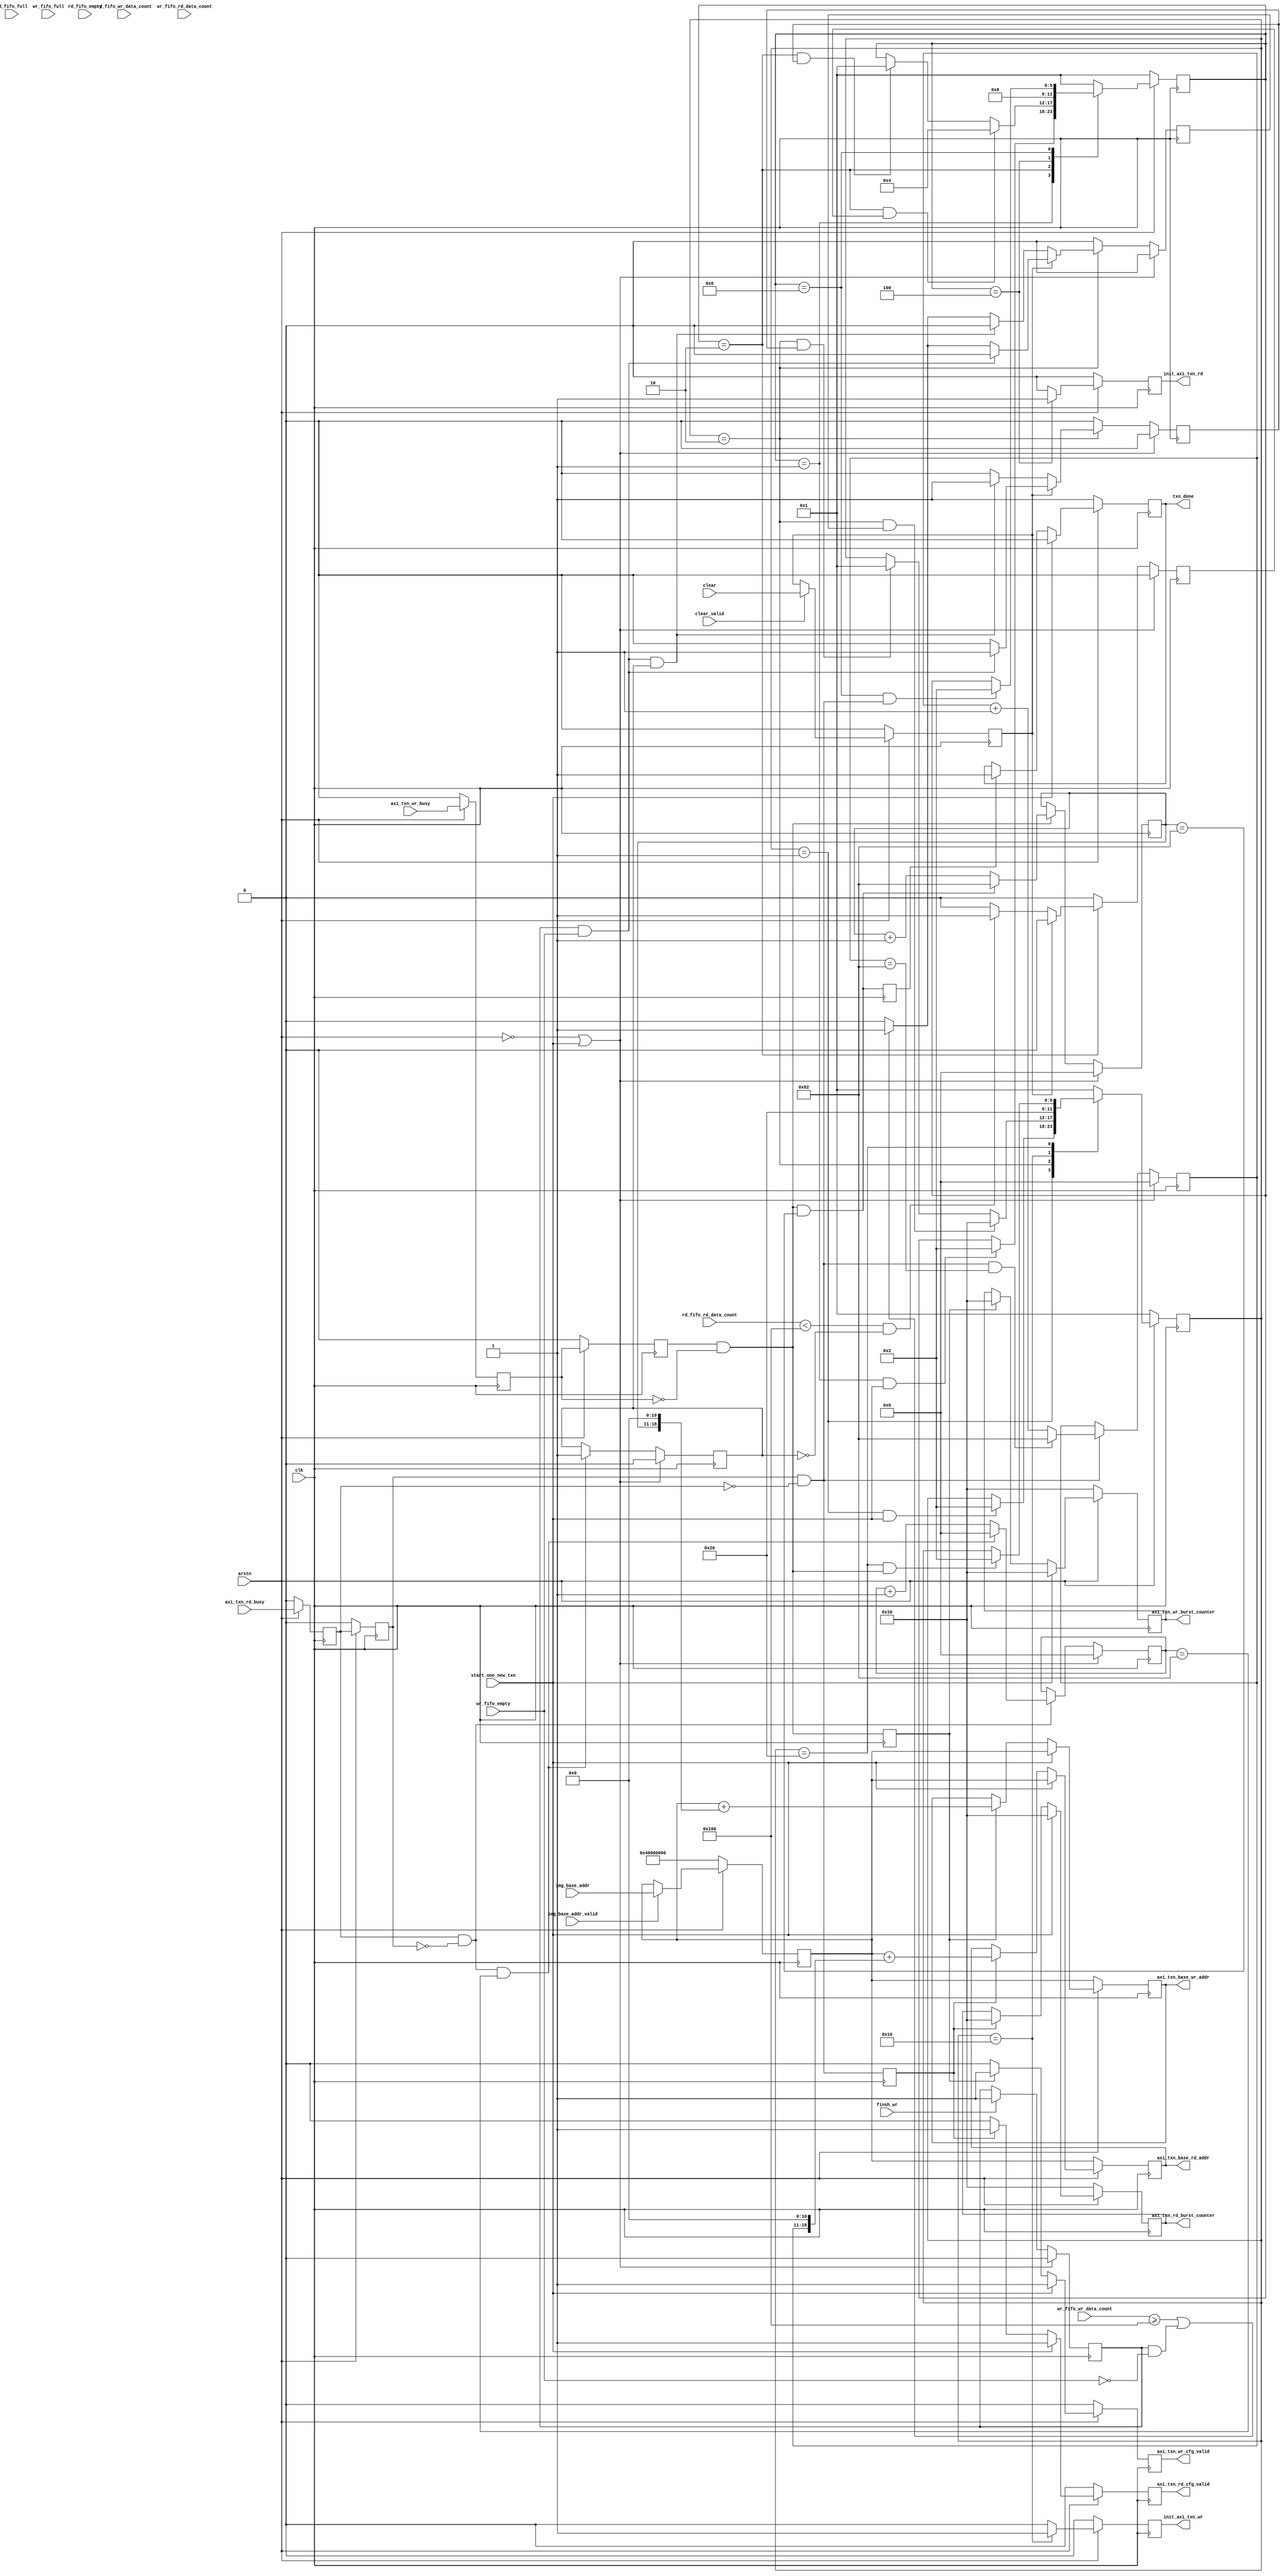
module read_write_arbiter #(
	parameter  C_M_TARGET_SLAVE_BASE_ADDR = 32'h40000000,
	parameter integer C_NO_BURSTS_REQ     = 5,
	parameter integer C_M_AXI_ADDR_WIDTH  = 32,
	parameter integer C_M_AXI_BURST_LEN   = 16,

	parameter integer IMG_N               = 258
 )
(
	input clk,    // Clock
	input arstn,  // Asynchronous reset active low


 	input wire img_base_addr_valid,
 	input wire [31:0] img_base_addr,

	//
	//txn_done 1  start_one_new_txn ,
	input wire			start_one_new_txn, // 
	input wire 			clear,             // clear1clear0
	input wire 			clear_valid,       // clearstart_one_new_txn
	input wire          finsh_wr,          //              
	output reg			txn_done,		   // 

	//////////////////////////////////////////////////
	//
	//FIFO
	//
	//
	//fifo
	//FIFO
	//
	//fifo

	//read FIFO control   64*512 32*1024
	input wire								rd_fifo_full,
	input wire								rd_fifo_empty,
	input wire	[10:0]						rd_fifo_rd_data_count,
	input wire	[9:0]						rd_fifo_wr_data_count,
	//AXI read control
	output reg	[C_M_AXI_ADDR_WIDTH-1 : 0]	axi_txn_base_rd_addr,
	output reg	[C_NO_BURSTS_REQ : 0]		axi_txn_rd_burst_counter, // 2KB
	output reg								axi_txn_rd_cfg_valid,
	input wire								axi_txn_rd_busy,
	output reg								init_axi_txn_rd,

    //write FIFO control 32*1024  64*512
	input wire								wr_fifo_full,
	input wire								wr_fifo_empty,
	input wire	[9:0]						wr_fifo_rd_data_count,
	input wire	[10:0]						wr_fifo_wr_data_count,
	//AXI write control
	output reg	[C_M_AXI_ADDR_WIDTH-1 : 0]	axi_txn_base_wr_addr,
	output reg	[C_NO_BURSTS_REQ : 0]		axi_txn_wr_burst_counter, // 2KB
	output reg								axi_txn_wr_cfg_valid,
	input wire								axi_txn_wr_busy,
	output reg								init_axi_txn_wr

);
 	function integer clogb2 (input integer bit_depth);              
	begin                                                           
	  for(clogb2=0; bit_depth>0; clogb2=clogb2+1)                   
	    bit_depth = bit_depth >> 1;                                 
	  end                                                           
	endfunction

	function integer myceil(input integer a,input integer b);              
	begin
	  for(myceil=0; a>=b; myceil=myceil+1) begin                 
	    a = a - b; 
	  end   
	  if (a==0) begin
	  	myceil = myceil;
	  end
	  else begin
	  	myceil = myceil + 1;
	  end                             
	end
	endfunction

 	parameter integer TOTAL_NUM = IMG_N*IMG_N; 		 //258*258; //
 	parameter integer BURST_NUM = myceil(TOTAL_NUM,512); //257
 	parameter integer BURST_COUNT_WIDTH = clogb2(BURST_NUM-1);
 	parameter integer COUNTER_NUM_2KB = 2048/(C_M_AXI_BURST_LEN*8); //2k


    //, 
	reg [BURST_COUNT_WIDTH-1:0] rd_burst_count;
	wire	add_rd_burst_count;
	wire	end_rd_burst_count;
    //, 
	reg [BURST_COUNT_WIDTH-1:0] wr_burst_count;
	wire	add_wr_burst_count;
	wire	end_wr_burst_count;
	//
 	reg		axi_txn_wr_busy_ff;
 	reg		axi_txn_wr_busy_ff2;
	wire	wr_done_flag;
 	reg		wr_done_flag_r;
 	//
 	reg		axi_txn_rd_busy_ff;
 	reg		axi_txn_rd_busy_ff2;
 	wire	rd_done_flag;
 	reg		rd_done_flag_r;

 	reg [31:0] base_addr;
 	always @(posedge clk) begin
 	    if(arstn==1'b0)begin
 	        base_addr <= C_M_TARGET_SLAVE_BASE_ADDR;
 	    end
 	    else if(img_base_addr_valid)begin
 	        base_addr <= img_base_addr;
 	    end
 	    else begin
 	    	base_addr <= base_addr;
 	    end
 	end
 	
	//finsh 
// 	wire	finsh_wr;
// 	reg [BURST_COUNT_WIDTH-1:0] wr_busy_posedge_cnt;
// 	wire add_wr_busy_posedge_cnt;
// 	wire end_wr_busy_posedge_cnt;
// 	always @(posedge clk) begin
// 	    if(arstn==1'b0 || start_one_new_txn==1'b1)begin
// 	        wr_busy_posedge_cnt <= 0;
// 	    end
// 	    else if(add_wr_busy_posedge_cnt)begin
// 	        if(end_wr_busy_posedge_cnt)
// 	            wr_busy_posedge_cnt <= 0;
// 	        else
// 	            wr_busy_posedge_cnt <= wr_busy_posedge_cnt + 1;
// 	    end
// 	end
// 	assign add_wr_busy_posedge_cnt = axi_txn_wr_busy_ff && (!axi_txn_wr_busy_ff2); //   
// 	assign end_wr_busy_posedge_cnt = add_wr_busy_posedge_cnt && wr_busy_posedge_cnt == BURST_NUM -1;
// 	assign finsh_wr = end_wr_busy_posedge_cnt;

 	wire    finsh_rd;
 	reg [BURST_COUNT_WIDTH-1:0] rd_busy_posedge_cnt;
 	wire add_rd_busy_posedge_cnt;
 	wire end_rd_busy_posedge_cnt;
 	always @(posedge clk) begin
 	    if(arstn==1'b0 || start_one_new_txn==1'b1)begin
 	        rd_busy_posedge_cnt <= 0;
 	    end
 	    else if(add_rd_busy_posedge_cnt)begin
 	        if(end_rd_busy_posedge_cnt)
 	            rd_busy_posedge_cnt <= 0;
 	        else
 	            rd_busy_posedge_cnt <= rd_busy_posedge_cnt + 1;
 	    end
 	end
 	assign add_rd_busy_posedge_cnt = axi_txn_rd_busy_ff && (!axi_txn_rd_busy_ff2); //   
 	assign end_rd_busy_posedge_cnt = add_rd_busy_posedge_cnt && rd_busy_posedge_cnt == BURST_NUM -1;
	assign finsh_rd = end_rd_busy_posedge_cnt;

    //
 	assign rd_done_flag = axi_txn_rd_busy_ff2 && (!axi_txn_rd_busy_ff);
 	always @(posedge clk)										      
	  begin                                                                        
	    if (arstn == 0 )                                                   
	      begin                                                                    
	        axi_txn_rd_busy_ff  <= 1'b0;                                                   
	        axi_txn_rd_busy_ff2 <= 1'b0;                                                   
	      end                                                                               
	    else                                                                       
	      begin  
	        axi_txn_rd_busy_ff  <= axi_txn_rd_busy;
	        axi_txn_rd_busy_ff2 <= axi_txn_rd_busy_ff;                                                                 
	      end                                                                      
	  end
	//
	always @(posedge clk)begin
		rd_done_flag_r <= rd_done_flag;
	end
	//
 	assign wr_done_flag = axi_txn_wr_busy_ff2 && (!axi_txn_wr_busy_ff);
 	always @(posedge clk)										      
	  begin                                                                        
	    if (arstn == 0 )                                                   
	      begin                                                                    
	        axi_txn_wr_busy_ff  <= 1'b0;                                                   
	        axi_txn_wr_busy_ff2 <= 1'b0;                                                   
	      end                                                                               
	    else                                                                       
	      begin  
	        axi_txn_wr_busy_ff  <= axi_txn_wr_busy;
	        axi_txn_wr_busy_ff2 <= axi_txn_wr_busy_ff;                                                                 
	      end                                                                      
	  end
	//
	always @(posedge clk)begin
		wr_done_flag_r <= wr_done_flag;
	end

	//
	//
	always @(posedge clk)begin
	    if(arstn==1'b0 || start_one_new_txn==1'b1) begin
	        rd_burst_count <= 0;
	    end
	    else if(add_rd_burst_count) begin
	        if(end_rd_burst_count)
	            rd_burst_count <= BURST_NUM-1;
	        else
	            rd_burst_count <= rd_burst_count + 1;
	    end
	end
	assign add_rd_burst_count = rd_done_flag;
	assign end_rd_burst_count = add_rd_burst_count && rd_burst_count == BURST_NUM-1;
	//
	//
	always @(posedge clk)begin
	    if(arstn==1'b0 || start_one_new_txn==1'b1)begin
	        wr_burst_count <= 0;
	    end
	    else if(add_wr_burst_count)begin
	        if(end_wr_burst_count)
	            wr_burst_count <= BURST_NUM-1;
	        else
	            wr_burst_count <= wr_burst_count + 1;
	    end
	end
	assign add_wr_burst_count = wr_done_flag;
	assign end_wr_burst_count = add_wr_burst_count && wr_burst_count == BURST_NUM-1;

	//
	always @(posedge clk)                                                      
	begin
	  if (arstn == 0)
	  	begin
	  	  axi_txn_rd_burst_counter <=  COUNTER_NUM_2KB;
	      axi_txn_base_rd_addr     <=  base_addr;
	      axi_txn_rd_cfg_valid     <= 1'b0;
	  	end
	  else if (start_one_new_txn == 1) 
	    begin
	      axi_txn_rd_burst_counter <=  COUNTER_NUM_2KB;
	      axi_txn_base_rd_addr     <=  base_addr;
	      axi_txn_rd_cfg_valid     <= 1'b1;
	    end
	  else if (rd_done_flag_r)
	  	begin
	  	  axi_txn_rd_burst_counter <= COUNTER_NUM_2KB;
		  axi_txn_base_rd_addr     <= base_addr + (rd_burst_count<<11);
	      axi_txn_rd_cfg_valid     <= 1'b1;
	  	end
	  else
	  	begin
	  	  axi_txn_rd_cfg_valid     <= 1'b0;
	  	end
	end
	//
	always @(posedge clk)                                                      
	begin
	  if (arstn == 0)
	  	begin
	  	  axi_txn_wr_burst_counter <=  COUNTER_NUM_2KB;
	      axi_txn_base_wr_addr     <=  base_addr;
	      axi_txn_wr_cfg_valid     <= 1'b0;
	  	end
	  else if (start_one_new_txn == 1) 
	    begin
	      axi_txn_wr_burst_counter <=  COUNTER_NUM_2KB;
	      axi_txn_base_wr_addr     <=  base_addr;
	      axi_txn_wr_cfg_valid     <= 1'b1;
	    end
	  else if (wr_done_flag_r)
	  	begin
	  	  axi_txn_wr_burst_counter <= COUNTER_NUM_2KB;
		  axi_txn_base_wr_addr     <= base_addr + (wr_burst_count<<11);
	      axi_txn_wr_cfg_valid     <= 1'b1;
	  	end
	  else
	  	begin
	  	  axi_txn_wr_cfg_valid     <= 1'b0;
	  	end
	end

	reg clear_flag;
	reg enable_read;
	reg enable_write;
	reg end_flag;

	//
	reg finsh_rd_r;
	reg finsh_wr_r;
	always  @(posedge clk)begin
	    if((~arstn) || (start_one_new_txn == 1'b1)) begin
	    	finsh_rd_r <= 1'b0;
	    end
	    else if(finsh_rd) begin
	    	finsh_rd_r <= 1'b1;
	    end
	    else begin
	    	finsh_rd_r <= finsh_rd_r;
	    end
	end

	always  @(posedge clk)begin
	    if((~arstn) || (start_one_new_txn == 1'b1)) begin
	    	finsh_wr_r <= 1'b0;
	    end
	    else if(finsh_wr) begin
	    	finsh_wr_r <= 1'b1;
	    end
	    else begin
	    	finsh_wr_r <= finsh_wr_r;
	    end
	end

	//
	always  @(posedge clk)begin
	    if(~arstn)begin
	    	clear_flag <= 1'b0;
	    end
	    else if(clear_valid) begin
	    	clear_flag <= clear;
	    end
	    else begin
	    	clear_flag <= clear_flag;
	    end
	end

	reg end_wr_burst_count_r;
	always  @(posedge clk)begin
	    end_wr_burst_count_r <= end_wr_burst_count;
	end

	//DDR  
	always  @(posedge clk)begin
	    if(~arstn) begin
	    	txn_done <= 1'b1;
	    end
	    else if (start_one_new_txn == 1'b1) begin
	    	txn_done <= 1'b0;
	    end
	    else if (end_wr_burst_count_r) begin
	    	txn_done <= 1'b1;
	    end
	    else begin
	    	txn_done <= txn_done;
	    end
	end

	//
	localparam STATE_W = 6;
	reg [STATE_W-1:0] state0_n;//next_state
	reg [STATE_W-1:0] state0_c;//current_state

	reg [STATE_W-1:0] state1_n;//next_state
	reg [STATE_W-1:0] state1_c;//current_state

    localparam IDLE                  = 6'b000001;
    localparam ARBITE                = 6'b000010;
    localparam READ                  = 6'b000100;
    localparam WAIT_READ             = 6'b001000;
    localparam WRITE                 = 6'b010000;
    localparam WAIT_WRITE            = 6'b100000;

	wire IDLE2ARBITE_start0;         
	wire ARBITE2WRITE_start0;    
	wire ARBITE2IDLE_start0;      
	wire WRITE2WAIT_WRITE_start0; 
	wire WAIT_WRITE2ARBITE_start0;

	//
	assign IDLE2ARBITE_start0       = (state0_c == IDLE       && start_one_new_txn == 1'b1);
	assign ARBITE2WRITE_start0      = (state0_c == ARBITE     && enable_write == 1'b1);
	assign ARBITE2IDLE_start0       = (state0_c == ARBITE     && end_flag     == 1'b1);
	assign WRITE2WAIT_WRITE_start0  = (state0_c == WRITE                             );
	assign WAIT_WRITE2ARBITE_start0 = (state0_c == WAIT_WRITE && wr_done_flag == 1'b1);

	wire IDLE2ARBITE_start1;      
	wire ARBITE2READ_start1;     
	wire ARBITE2IDLE_start1;      
	wire READ2WAIT_READ_start1;   
	wire WAIT_READ2ARBITE_start1; 

	//
	assign IDLE2ARBITE_start1       = (state1_c == IDLE       && start_one_new_txn == 1'b1);
	assign ARBITE2READ_start1       = (state1_c == ARBITE     && enable_read  == 1'b1);
	assign ARBITE2IDLE_start1       = (state1_c == ARBITE     && end_flag     == 1'b1);
	assign READ2WAIT_READ_start1    = (state1_c == READ                              );
	assign WAIT_READ2ARBITE_start1  = (state1_c == WAIT_READ  && rd_done_flag == 1'b1);

	//always)
	always  @(posedge clk)begin
	    if((~arstn) || (start_one_new_txn == 1'b1)) begin
	    	end_flag     <= 1'b0;
	    	enable_write <= 1'b0;
	    end
	    else if(state0_c == ARBITE) begin
	    	if (clear_flag == 1'b1) begin //
	    		if(finsh_wr_r && wr_fifo_empty) begin
	    			end_flag     <= 1'b1;
	    			enable_write <= 1'b0;
	    		end
	    		else begin
	    			if((wr_fifo_wr_data_count >= 256) || (finsh_wr_r && (~wr_fifo_empty))) begin
	    				end_flag     <= 1'b0;
	    				enable_write <= 1'b1;
	    			end
	    			else begin //FIFO
	    				end_flag     <= 1'b0;
	    				enable_write <= 1'b0;
	    			end
	    		end
	    	end
	    	else begin //
	    		if(finsh_wr_r && wr_fifo_empty && finsh_rd_r) begin //DDR
	    			end_flag     <= 1'b1;
	    			enable_write <= 1'b0;
	    		end
	    		else begin
	    			if (wr_fifo_wr_data_count >= 256 || (finsh_wr_r && (~wr_fifo_empty))) begin
	    				end_flag     <= 1'b0;
	    				enable_write <= 1'b1;
	    			end 
	    			else begin
	    				end_flag     <= 1'b0;
	    				enable_write <= 1'b0;
	    			end
	    		end
	    	end
	    end
	    else begin
	        end_flag     <= 1'b0;
	    	enable_write <= 1'b0;
	    end
	end

	//always)
	always  @(posedge clk)begin
	    if((~arstn) || (start_one_new_txn == 1'b1)) begin
	    	enable_read  <= 1'b0;
	    end
	    else if(state1_c == ARBITE) begin
	    	if (clear_flag == 1'b1) begin //
	    		enable_read  <= 1'b0;
	    	end
	    	else begin //
				if(rd_fifo_rd_data_count < 256 && (~finsh_rd_r)) begin
	    			enable_read  <= 1'b1;
	    		end
	    		else begin
	    			enable_read  <= 1'b0;
	    		end
	    	end
	    end
	    else begin
	    	enable_read  <= 1'b0;
	    end
	end

	always  @(posedge clk)begin
	    if(~arstn)begin   
	        init_axi_txn_wr <= 1'b0;    
	    end
	    else if(state0_c == WRITE)begin
	        init_axi_txn_wr <= 1'b1;   
	    end
	    else begin
	        init_axi_txn_wr <= 1'b0; 
	    end
	end
	always  @(posedge clk)begin
	    if(~arstn)begin
	        init_axi_txn_rd <= 1'b0;      
	    end
	    else if(state1_c == READ)begin
	        init_axi_txn_rd <= 1'b1; 
	    end
	    else begin
	        init_axi_txn_rd <= 1'b0;
	    end
	end

	//always
	always@(*)begin
	    case(state0_c)
	        IDLE:begin
	            if (IDLE2ARBITE_start0) begin
	                state0_n = ARBITE;
	            end
	            else begin
	                state0_n = state0_c;
	            end
	        end
	        ARBITE:begin
				if (ARBITE2WRITE_start0) begin
	            	state0_n = WRITE;
	            end
	            else if (ARBITE2IDLE_start0) begin
	            	state0_n = IDLE;
	            end
	            else begin
	                state0_n = state0_c;
	            end
	        end
	        WRITE:begin
	        	if(WRITE2WAIT_WRITE_start0)begin
	                state0_n = WAIT_WRITE;
	            end
	            else begin
	                state0_n = state0_c;
	            end
	        end
	        WAIT_WRITE:begin
	        	if(WAIT_WRITE2ARBITE_start0)begin
	                state0_n = ARBITE;
	            end
	            else begin
	                state0_n = state0_c;
	            end
	        end
	        default:begin
	            state0_n = IDLE;
	        end
	    endcase
	end
	//always
	always@(*)begin
	    case(state1_c)
	        IDLE:begin
	            if (IDLE2ARBITE_start1) begin
	                state1_n = ARBITE;
	            end
	            else begin
	                state1_n = state1_c;
	            end
	        end
	        ARBITE:begin
	            if (ARBITE2READ_start1) begin
	                state1_n = READ;
	            end
	            else if (ARBITE2IDLE_start1) begin
	            	state1_n = IDLE;
	            end
	            else begin
	                state1_n = state1_c;
	            end
	        end
	        READ:begin
	            if(READ2WAIT_READ_start1)begin
	                state1_n = WAIT_READ;
	            end
	            else begin
	                state1_n = state1_c;
	            end
	        end
	        WAIT_READ:begin
	        	if(WAIT_READ2ARBITE_start1)begin
	                state1_n = ARBITE;
	            end
	            else begin
	                state1_n = state1_c;
	            end
	        end
	        default:begin
	            state1_n = IDLE;
	        end
	    endcase
	end

	//always
	always@(posedge clk)begin
	    if(~arstn)begin
	        state0_c <= IDLE;
	    end
	    else begin
	        state0_c <= state0_n;
	    end
	end

	always@(posedge clk)begin
	    if(~arstn)begin
	        state1_c <= IDLE;
	    end
	    else begin
	        state1_c <= state1_n;
	    end
	end




endmodule